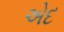
એદ